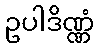
ဥပါဒိဏ္ဏံ